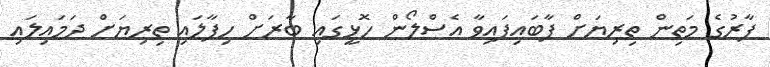
ފާރުގެ މަތިން ތިރިޔަށް ފާބައިފައިވާ އެސްލޯން ހޮޅީގައި ބާރަށް ހިފާލައި ތިރިޔަށް ދަމައިލައި